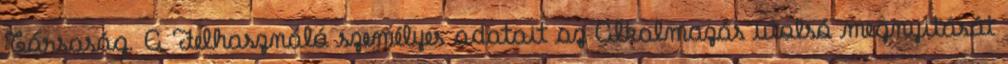
Társaság. A Felhasználó személyes adatait az Alkalmazás utolsó megnyitását